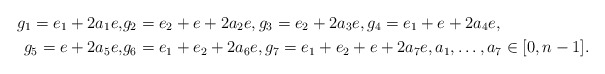
\begin{align*}g_1=e_1+2a_1e,&g_2=e_2+e+2a_2e,g_3=e_2+ 2a_3e, g_4=e_1+e+ 2a_4e ,\\g_5=e+ 2a_5e ,&g_6=e_1+e_2+2a_6e , g_7=e_1+e_2+e+ 2a_7e,a_1, \ldots , a_7\in [0,n-1].\end{align*}